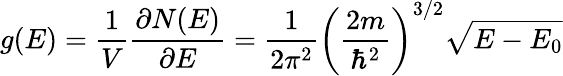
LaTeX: g(E)={\frac{1}{V}}{\frac{\partial N(E)}{\partial E}}={\frac{1}{2\pi^{2}}}\left({\frac{2m}{\hbar^{2}}}\right)^{3/2}{\sqrt{E-E_{0}}}